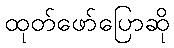
ထုတ်ဖော်ပြောဆို